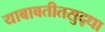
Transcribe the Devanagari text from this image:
याबाबतीतसुद्‌धा